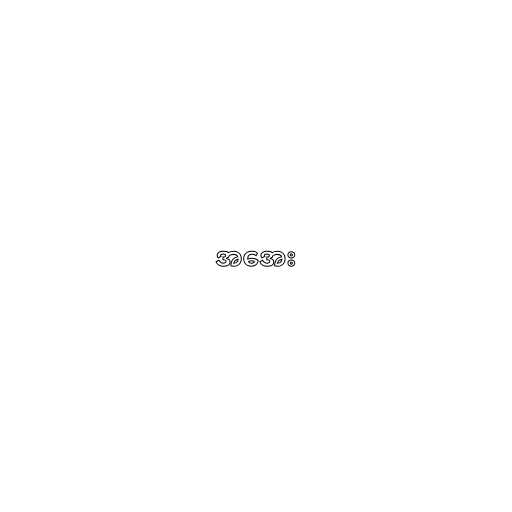
အအေး